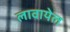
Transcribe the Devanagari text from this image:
लावायेल